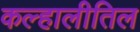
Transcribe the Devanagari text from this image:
कल्हालीतिल